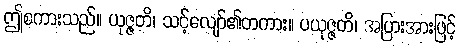
ဤစကားသည်။ ယုဇ္ဇတိ၊ သင့်လျော်၏တကား။ ပယုဇ္ဇတိ၊ အပြားအားဖြင့်